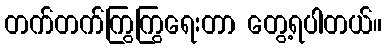
တက်တက်ကြွကြွရေးတာ တွေ့ရပါတယ်။